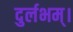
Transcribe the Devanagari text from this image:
दुर्लभम्।